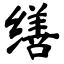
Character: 缮